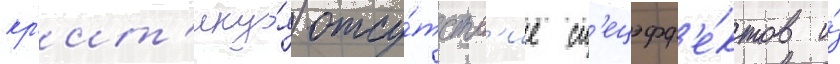
кр'ит'ику́я отсу́тств'ие сп'ецэфф'е́ктов и́